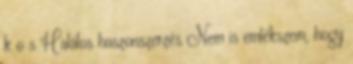
k o s Halálos haszonszerzés Nem is emlékszem, hogy